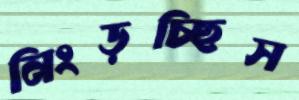
নিংড়চ্ছিস